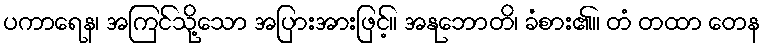
ပကာရေန၊ အကြင်သို့သော အပြားအားဖြင့်။ အနုဘောတိ၊ ခံစား၏။ တံ တထာ တေန